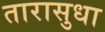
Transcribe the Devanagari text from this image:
तारासुधा